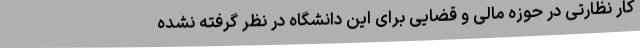
کار نظارتی در حوزه مالی و قضایی برای این دانشگاه در نظر گرفته نشده